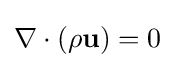
\nabla \cdot (\rho \mathbf {u} )=0